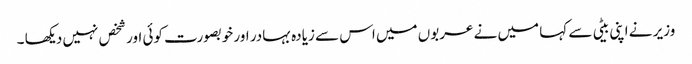
وزیر نے اپنی بیٹی سے کہا میں نے عربوں میں اس سے زیادہ بہادر اور خوبصورت کوئی اور شخص نہیں دیکھا ۔